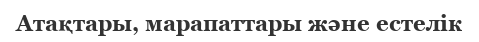
Атақтары, марапаттары және естелік